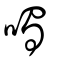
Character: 噣